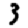
Digit: 3